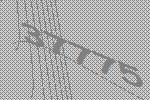
37775